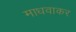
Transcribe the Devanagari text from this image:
माधवाकर